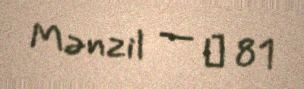
Mənzil — № 81